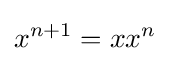
x^{n+1}=xx^{n}